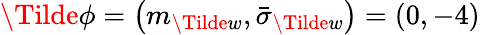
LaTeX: \Tilde{\phi}=\left(m_{\Tilde{w}},\bar{\sigma}_{\Tilde{w}}\right)=(0,-4)